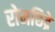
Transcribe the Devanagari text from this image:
रोमछिद्रे